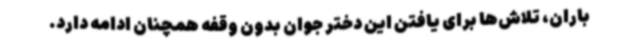
باران، تلاش‌ها برای یافتن این دختر جوان بدون وقفه همچنان ادامه دارد.